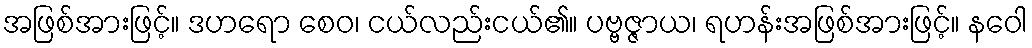
အဖြစ်အားဖြင့်။ ဒဟရော စေဝ၊ ငယ်လည်းငယ်၏။ ပဗ္ဗဇ္ဇာယ၊ ရဟန်းအဖြစ်အားဖြင့်။ နဝေါ